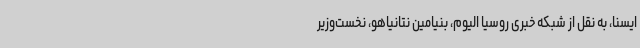
ایسنا، به نقل از شبکه خبری روسیا الیوم، بنیامین نتانیاهو، نخست‌وزیر